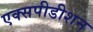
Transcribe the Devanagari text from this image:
एक्सपीडीशन